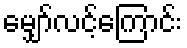
မျှော်လင့်ကြောင်း